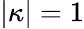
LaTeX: |\kappa|=1